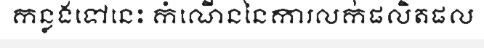
កន្លងទៅនេះ កំណើននៃការលក់ផលិតផល